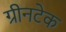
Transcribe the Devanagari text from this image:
ग्रीनटेक